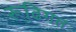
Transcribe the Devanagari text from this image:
रूढि़गत